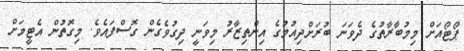
ޕޯޓޯއަށް މިމުބާރާތުގެ ދެވަނަ ބުރަށްދިއުމުގެ އިންތިޒާރު މިވަނީ ދިގުވެގެން ގޮސްފައެވެ. މިގޮތުން އެޓީމަށް